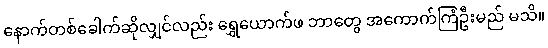
နောက်တစ်ခေါက်ဆိုလျှင်လည်း ရွှေယောက်ဖ ဘာတွေ အကောက်ကြံဦးမည် မသိ။